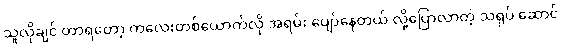
သူလိုချင် တာရတော့ ကလေးတစ်ယောက်လို အရမ်း ပျော်နေတယ် လို့ပြောလာတဲ့ သရုပ် ဆောင်